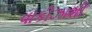
વાકીઝાશી